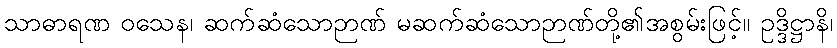
သာဓာရဏ ဝသေန၊ ဆက်ဆံသောဉာဏ် မဆက်ဆံသောဉာဏ်တို့၏အစွမ်းဖြင့်။ ဥဒ္ဒိဋ္ဌာနိ၊